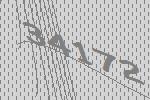
34172